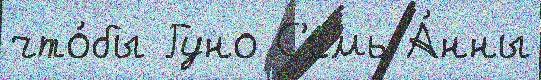
что́бы Гуно С'емь А́нны